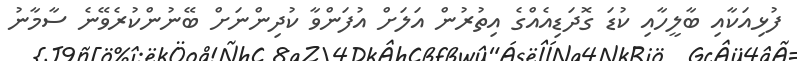
ފުޅިއަކާއި ބާލީހާއި ކުޑަ ގޮދަޑިއެއްގެ އިތުރުން އަލަށް އުފަންވާ ކުދިންނަށް ބޭނުންކުރެވޭނެ ސާމާނު